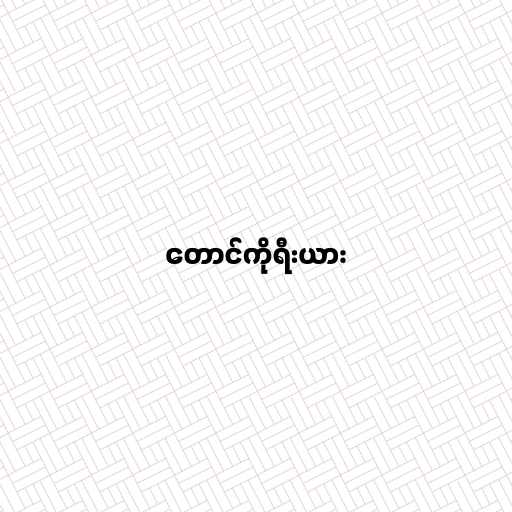
တောင်ကိုရီးယား